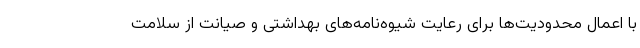
با اعمال محدودیت‌ها برای رعایت شیوه‌نامه‌های بهداشتی و صیانت از سلامت